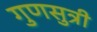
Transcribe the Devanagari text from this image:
गुणसुत्री